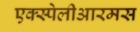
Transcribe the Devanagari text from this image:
एक्स्पेलीआरमस